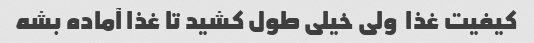
کیفیت غذا  ولی خیلی طول کشید تا غذا آماده بشه